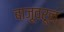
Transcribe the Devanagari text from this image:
बाजूवरून